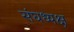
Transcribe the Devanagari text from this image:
संघध्यक्ष